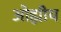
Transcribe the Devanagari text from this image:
ओह्मीय